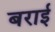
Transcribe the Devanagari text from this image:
बराई